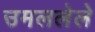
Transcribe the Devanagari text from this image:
उमललेले